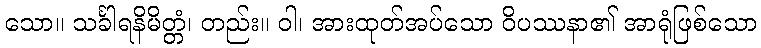
သော။ သင်္ခါရနိမိတ္တံ၊ တည်း။ ဝါ၊ အားထုတ်အပ်သော ဝိပဿနာ၏ အာရုံဖြစ်သော